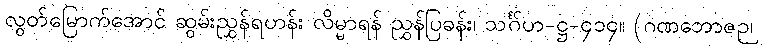
လွတ်မြောက်အောင် ဆွမ်းညွှန်ရဟန်း လိမ္မာရန် ညွှန်ပြခန်း၊ သင်္ဂဟ-ဋ္ဌ-၄၁၄။ (ဂဏဘောဇဉ်၊